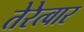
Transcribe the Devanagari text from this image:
तेरेत्वार